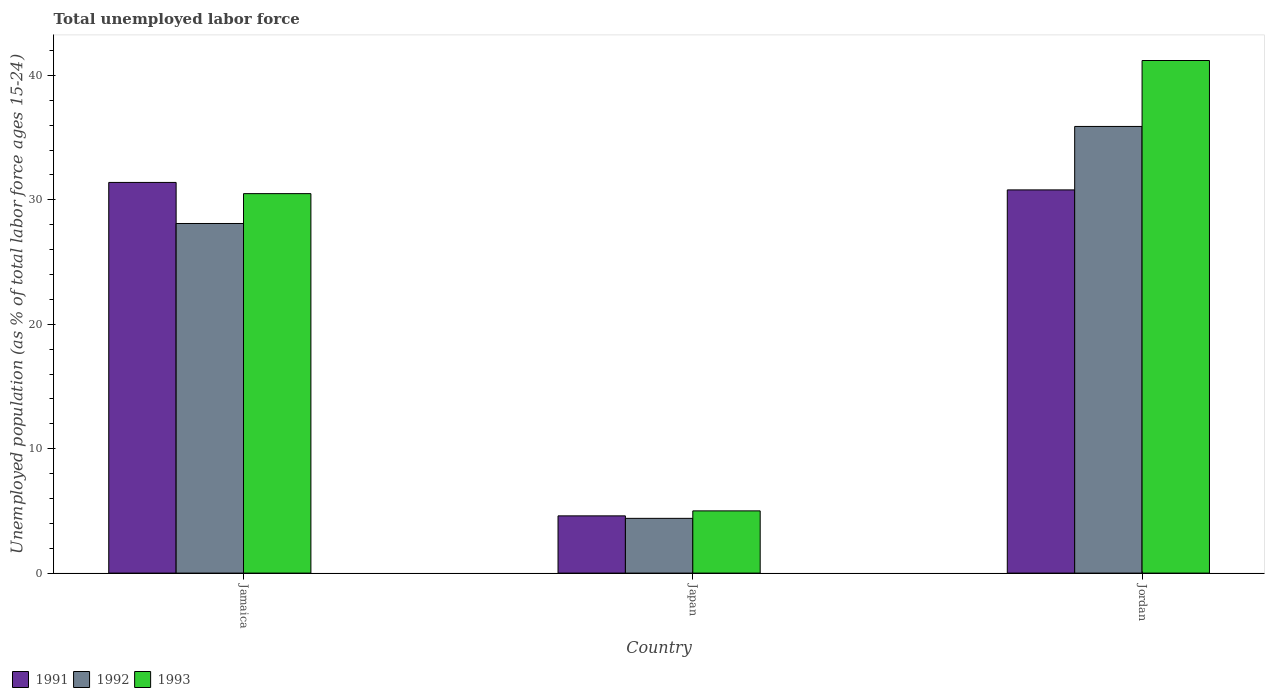
| Country | 1991 | 1992 | 1993 |
 | --- | --- | --- | --- |
 | Jamaica | 31.4 | 28.1 | 30.5 |
 | Japan | 4.6 | 4.4 | 5 |
 | Jordan | 30.8 | 35.9 | 41.2 |